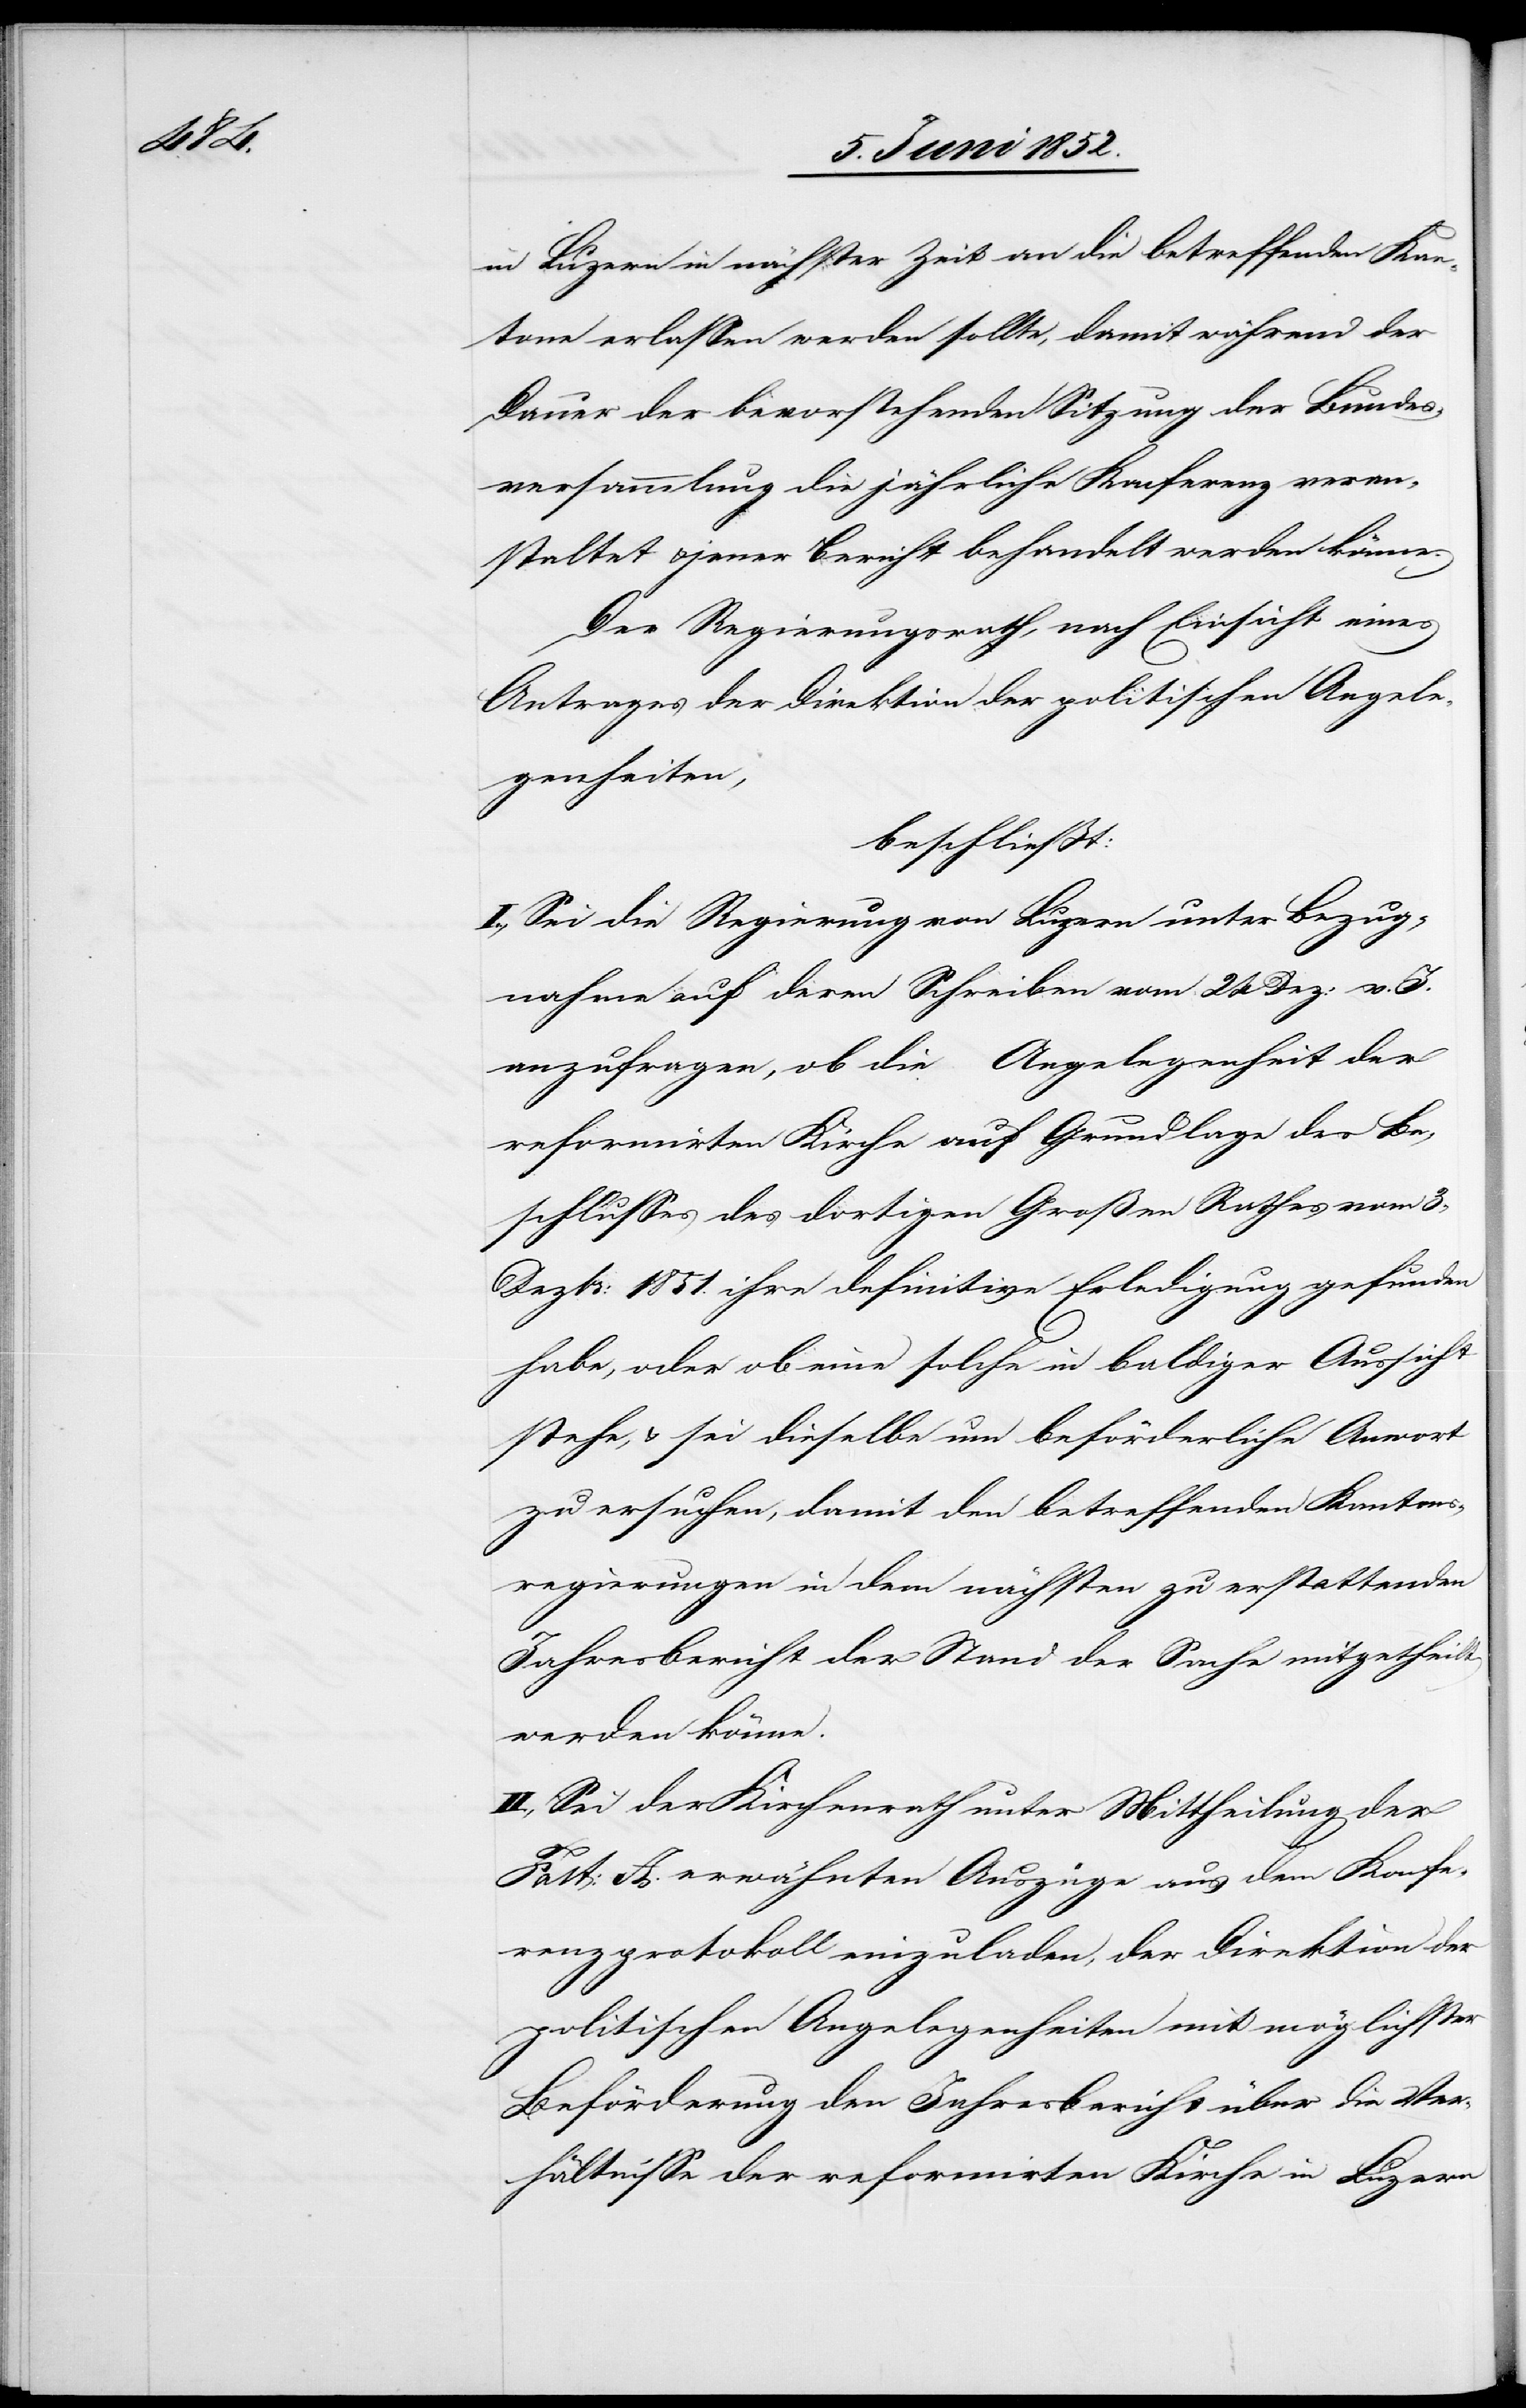
in Luzern in nächster Zeit an die betreffenden Kan¬
tone erlassen werden sollte, damit während der
Dauer der bevorstehenden Sitzung der Bundes¬
versammlung die jährliche Konferenz veran¬
staltet & jener Bericht behandelt werden könne.
Der Regierungsrath, nach Einsicht eines
Antrages der Direktion der politischen Angele¬
genheiten,
beschliesst:
I., Sei die Regierung von Luzern unter Bezug¬
nahme auf deren Schreiben vom 24 Dez: v. J.
anzufragen, ob die Angelegenheit der
reformirten Kirche auf Grundlage des Be¬
schlusses des dortigen Großen Rathes vom 3.
Dezbr: 1851. ihre definitive Erledigung gefunden
habe, oder ob eine solche in baldiger Aussicht
stehe, & sei dieselbe um beförderliche An[t]wort
zu ersuchen, damit den betreffenden Kantons¬
regierungen in dem nächsten zu erstattenden
Jahresbericht der Stand der Sache mitgetheilt
werden könne.
II., Sei der Kirchenrath unter Mittheilung der
Fact: A. erwähnten Auszüge aus dem Konfe¬
renzprotokoll einzuladen, der Direktion der
politischen Angelegenheiten mit möglichster
Beförderung den Jahresbericht über die Ver¬
hältnisse der reformirten Kirche in Luzern